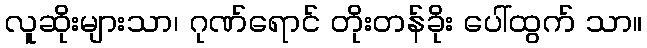
လူဆိုးများသာ၊ ဂုဏ်ရောင် တိုးတန်ခိုး ပေါ်ထွက် သာ။